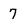
Character: 7